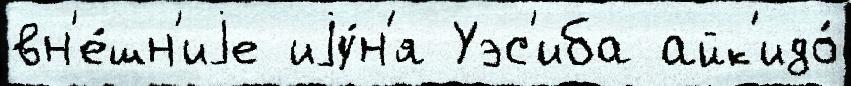
вн'е́шн'иjе иjу́н'я Уэс'иба айк'идо́